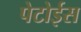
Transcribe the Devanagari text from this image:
पेटोईस